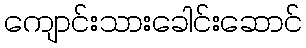
ကျောင်းသားခေါင်းဆောင်